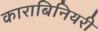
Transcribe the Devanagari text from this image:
काराबिनियरी